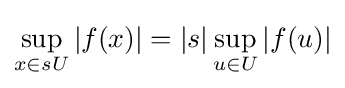
\sup _{x\in sU}|f(x)|=|s|\sup _{u\in U}|f(u)|